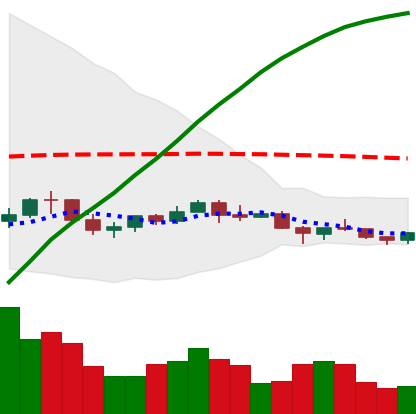
Ticker: NEO-USD
Chart end date: 2021-06-13
Forward return: -7.937%
Label: down_7plus